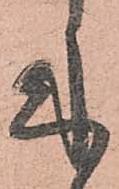
来